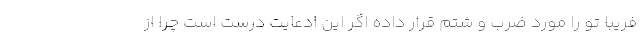
فریبا تو را مورد ضرب و شتم قرار داده اگر این ادعایت درست است چرا از